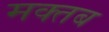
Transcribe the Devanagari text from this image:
मक्तब